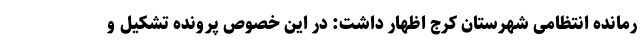
رمانده انتظامی شهرستان کرج اظهار داشت: در این خصوص پرونده تشکیل و